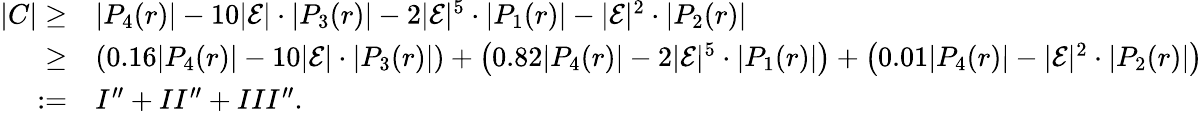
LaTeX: \begin{array}{rl}{|C|\geq}&{|P_{4}(r)|-10|\mathcal{E}|\cdot|P_{3}(r)|-2|\mathcal{E}|^{5}\cdot|P_{1}(r)|-|\mathcal{E}|^{2}\cdot|P_{2}(r)|}\\ {\geq}&{\left(0.16|P_{4}(r)|-10|\mathcal{E}|\cdot|P_{3}(r)|\right)+\left(0.82|P_{4}(r)|-2|\mathcal{E}|^{5}\cdot|P_{1}(r)|\right)+\left(0.01|P_{4}(r)|-|\mathcal{E}|^{2}\cdot|P_{2}(r)|\right)}\\ {:=}&{I^{\prime\prime}+II^{\prime\prime}+III^{\prime\prime}.}\end{array}